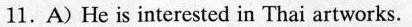
11.A) He is interested in Thai artworks.